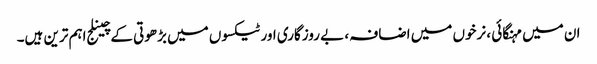
ان میں مہنگائی ، نرخوں میں اضافہ ، بے روزگاری اور ٹیکسوں میں بڑھوتی کے چینلج اہم ترین ہیں۔